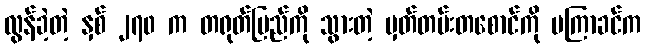
လွန်ခဲ့တဲ့ နှစ် ၂၇၀ က တရုတ်ပြည်ကို သွားတဲ့ မှတ်တမ်းတစောင်ကို မကြာခင်က